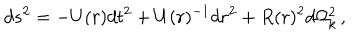
d s ^ { 2 } = - U ( r ) d t ^ { 2 } + U ( r ) ^ { - 1 } d r ^ { 2 } + R ( r ) ^ { 2 } d \Omega _ { k } ^ { 2 } \, ,